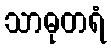
သာဓုတရံ